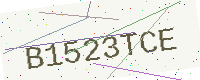
Text: B1523TCE